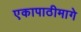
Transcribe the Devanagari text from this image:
एकापाठीमागे